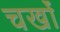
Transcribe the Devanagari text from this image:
चर्खों